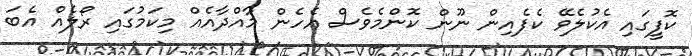
ކޮފީގައި އެކުލެވޭ ކެފެއިން ނޫން ކޮންމެވެސް އެހެން މާއްދާއެއް މިކަމުގައި ރޯލެއް އެބަ